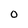
Character: O